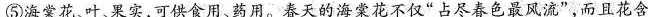
⑤海棠花、叶、果实，可供食用、药用。春天的海棠花不仅”占尽春色最风流”，而且花含